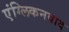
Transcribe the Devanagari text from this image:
एंग्लिकनवाद